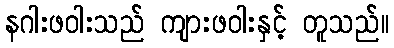
နဂါးဖဝါးသည် ကျားဖဝါးနှင့် တူသည်။